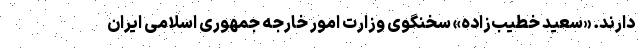
دارند. «سعید خطیب‌زاده» سخنگوی وزارت امور خارجه جمهوری اسلامی ایران